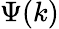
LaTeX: \Psi(k)